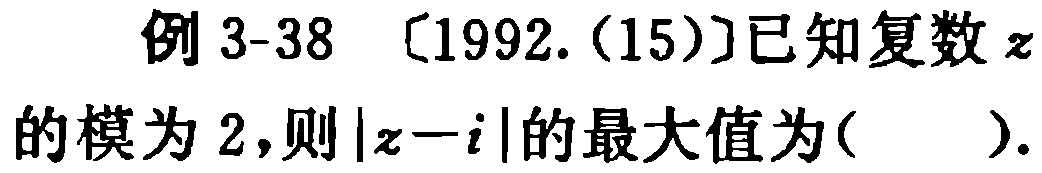
例 3-38 〔1992.(15)〕已知复数\(z\)的模为 2，则\(\vert z - i\vert\)的最大值为( ).